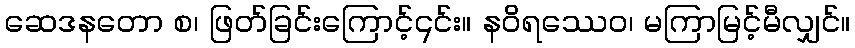
ဆေဒနတော စ၊ ဖြတ်ခြင်းကြောင့်၎င်း။ နဝိရဿေဝ၊ မကြာမြင့်မီလျှင်။